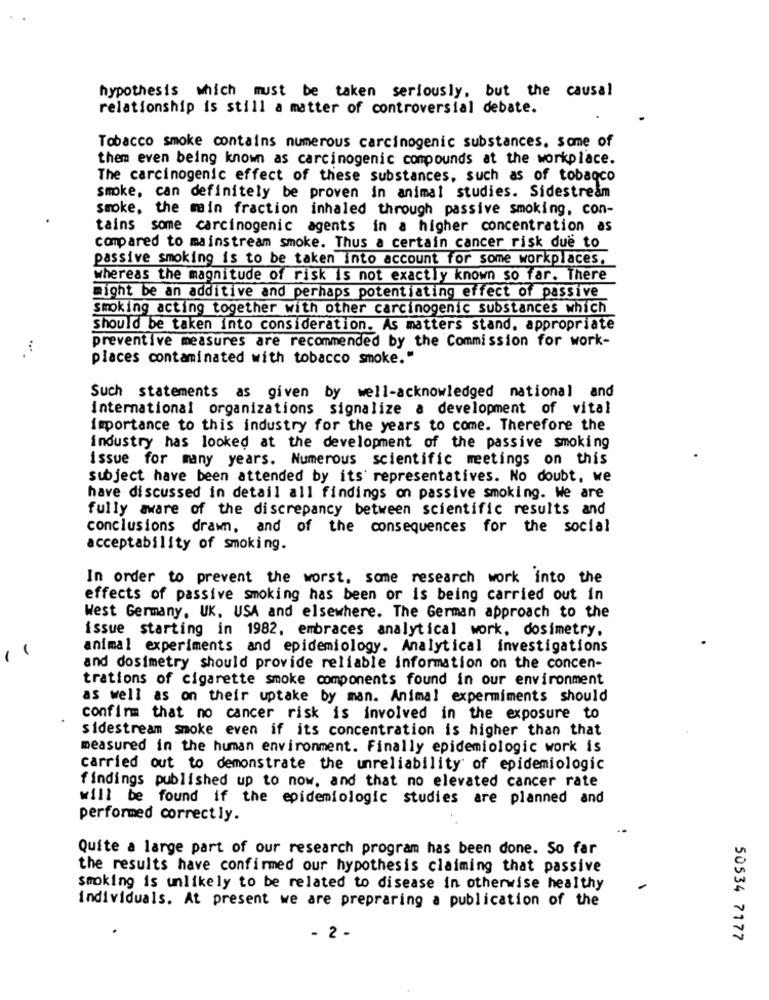
hypothesis which must be taken seriously, but the causal
relationship is still a matter of controversial debate.
Tobacco smoke contains numerous carcinogenic substances. some of
them even being known as carcinogenic compounds at the workplace.
The carcinogenic effect of these substances, such as of tobacco
smoke, can definitely be proven in animal studies. Sidestream
smoke, the main fraction inhaled through passive smoking, con-
tains some carcinogenic agents in a higher concentration as
compared to mainstream smoke. Thus a certain cancer risk due to
passive smoking is to be taken into account for some workplaces.
whereas the magnitude of risk is not exactly known so far. There
might be an additive and perhaps potentiating effect of passive
Smoking acting together with other carcinogenic substances which
Should be taken into consideration. As matters stand. appropriate
preventive measures are recommended by the Commission for work-
places contaminated with tobacco smoke."
Such statements as given by well-acknowledged national and
international organizations signalize a development of vital
importance to this industry for the years to come. Therefore the
industry has looked at the development of the passive smoking
issue for many years. Numerous scientific meetings on this
subject have been attended by its' representatives. No doubt, we
have discussed in detail all findings on passive smoking. We are
fully aware of the discrepancy between scientific results and
conclusions drawn, and of the consequences for the social
acceptability of smoking.
In order to prevent the worst. some research work into the
effects of passive smoking has been or is being carried out in
West Germany. UK, USA and elsewhere. The German approach to the
issue starting in 1982, embraces analytical work, dosimetry.
animal experiments and epidemiology. Analytical investigations
1
and dosimetry should provide reliable information on the concen-
trations of cigarette smoke components found in our environment
as well as on their uptake by man. Animal expermiments should
confirm that no cancer risk is involved in the exposure to
sidestream smoke even if its concentration is higher than that
measured in the human environment. Finally epidemiologic work is
carried out to demonstrate the unreliability of epidemiologic
findings published up to now, and that no elevated cancer rate
will be found if the epidemiologic studies are planned and
performed correctly.
Quite a large part of our research program has been done. So far
the results have confirmed our hypothesis claiming that passive
smoking is unlikely to be related to disease in otherwise healthy
individuals. At present we are prepraring a publication of the
- 2 -
50534 7177